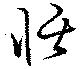
恬